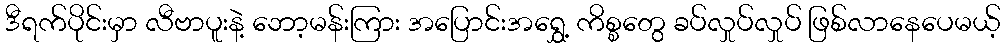
ဒီရက်ပိုင်းမှာ လီဗာပူးနဲ့ ဘော့မန်းကြား အပြောင်းအရွှေ့ ကိစ္စတွေ ခပ်လှုပ်လှုပ် ဖြစ်လာနေပေမယ့်